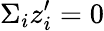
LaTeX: \Sigma_{i}z_{i}^{\prime}=0